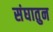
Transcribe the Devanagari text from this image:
संघातुन